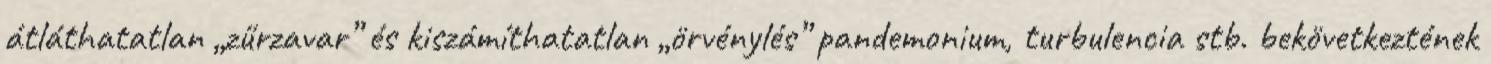
átláthatatlan „zűrzavar” és kiszámíthatatlan „örvénylés” pandemonium, turbulencia stb. bekövetkeztének